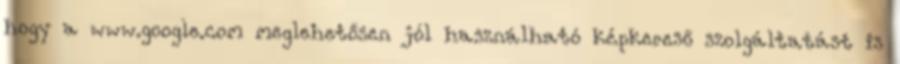
hogy a www.google.com meglehetősen jól használható képkereső szolgáltatást is